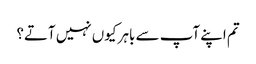
تم اپنے آپ سے باہر کیوں نہیں آتے؟